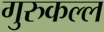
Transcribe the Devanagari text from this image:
गुरुकल्ल